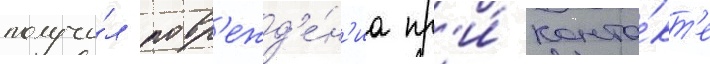
получи́л повр'ежд'е́н'иа пр'и́ конта́кт'е